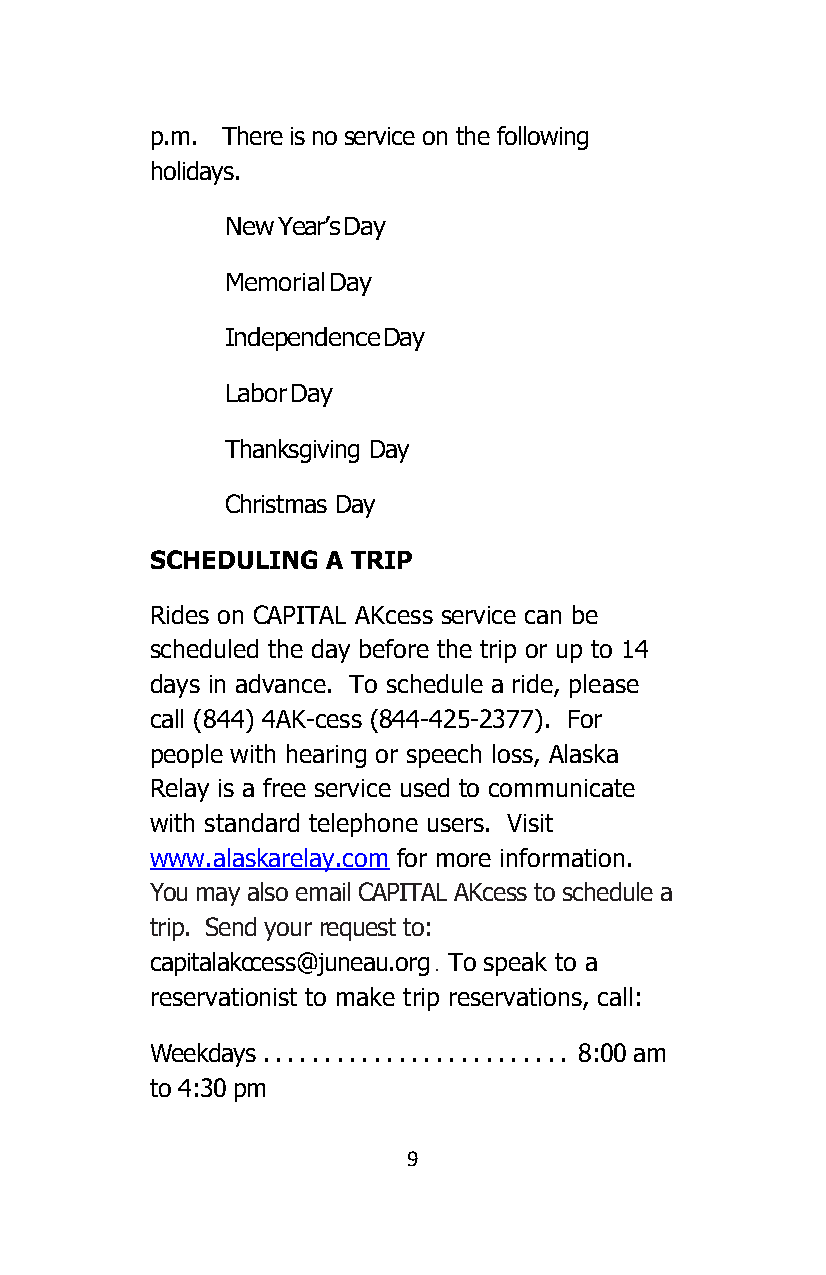
p.m. There is no service on the following
 holidays.
 New Year’s Day
 Memorial Day
 Independence Day
 Labor Day
 Thanksgiving Day
 Christmas Day
 SCHEDULING  A TRIP
 Rides on CAPITAL AKcess service can be
 scheduled the day before the trip or up to 14
 days in advance. To schedule a ride, please
 call (844) 4AK-cess (844-425-2377). For
 people with hearing or speech loss, Alaska
 Relay is a free service used to communicate
 with standard telephone users. Visit
 www.alaskarelay.com for more information.
 You may also email CAPITAL AKcess to schedule a
 trip. Send your request to:
 capitalakccess@juneau.org . To speak to a
 reservationist to make trip reservations, call:
 Weekdays ......................... 8:00 am
 to 4:30 pm
 9